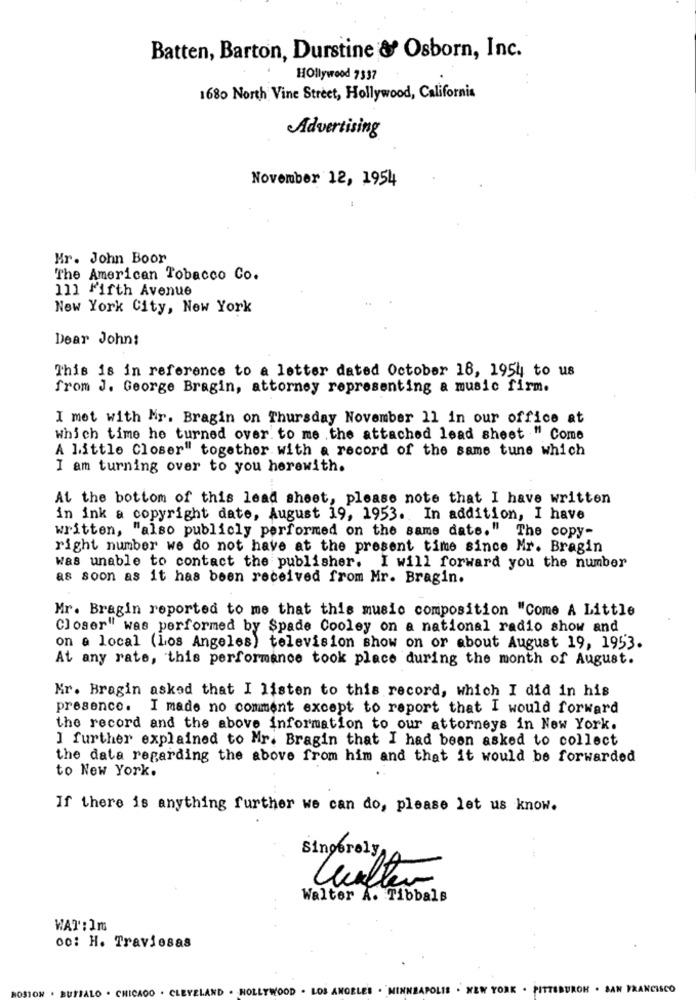
Batten, Barton, Durstine & Osborn, Inc.
Hollywood 7337
1680 North Vine Street, Hollywood, California
Advertising
November 12, 1954
Mr. John Boor
The American Tobacco Co.
111 Fifth Avenue
New York City, New York
Dear John:
This is in reference to a letter dated October 18, 1954 to us
from J. George Bragin, attorney representing a music firm.
I met with Mr. Bragin on Thursday November 11 in our office at
which time he turned over. to me .the attached lead sheet " Come
A little Closer" together with a record of the same tune which
I am turning over to you herewith.
At the bottom of this lead sheet, please note that I have written
in ink a copyright date, August 19, 1953. In addition, I have
written, "also publicly performed on the same date."
The copy-
right number we do not have at the present time since Mr. Bragin
was unable to contact the publisher. I will forward you the number
as soon as it has been received from Mr. Bragin.
Mr. Bragin reported to me that this music composition "Come A Little
Closer" was performed by Spade Cooley on a national radio show and
on a local (Los Angeles) television show on or about August 19, 1953.
At any rate, this performance took place during the month of August.
Mr. Bragin asked that I listen to this record, which I did in his
presence. I made no comment except to report that I would forward
the record and the above information to our attorneys in New York.
I further explained to Mr. Bragin that I had been asked to collect
the data regarding the above from him and that it would be forwarded
to New York.
If there is anything further we can do, please let us know.
Singerely,
Leculte
Walter A. Tibbals
WAT: Im
o0: H. Traviesas
. CHICAGO . CLEVELAND . HOLLYWOOD . LOS ANGELES . MINNEAPOLIS . NEW YORK . PITTSBURGH . SAN FRANCISCO